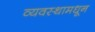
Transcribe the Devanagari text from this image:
व्यवस्थामधून